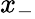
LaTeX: x_{-}